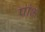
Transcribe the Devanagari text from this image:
प्रांभ